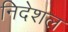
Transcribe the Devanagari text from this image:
निदेशल